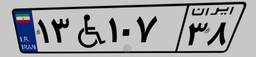
۱۳W۱۰۷۳۸